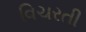
વિચરતી